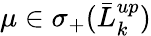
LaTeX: \mu\in\sigma_{+}(\bar{L}_{k}^{up})